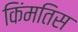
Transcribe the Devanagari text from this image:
किंमतिस